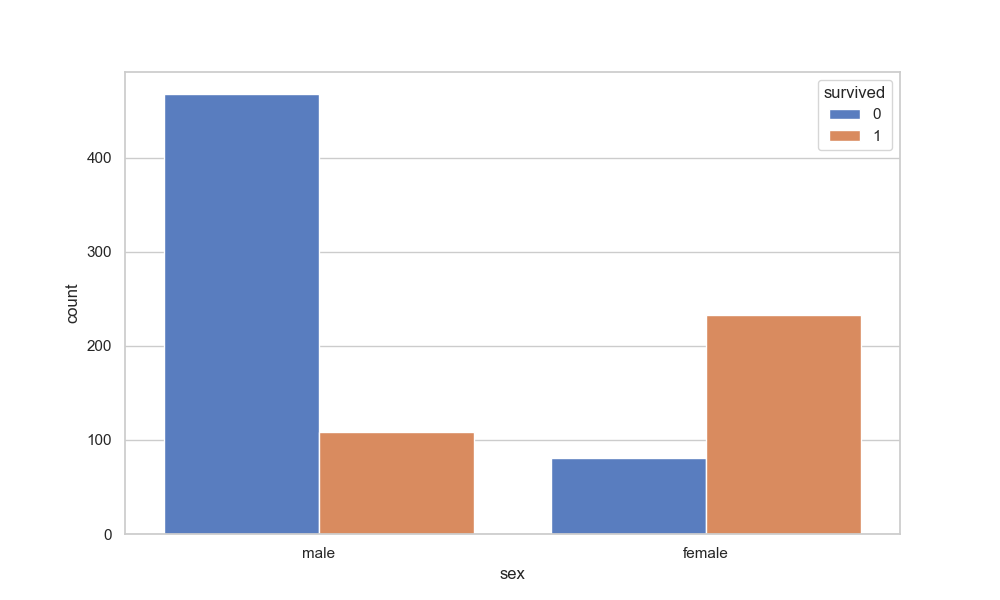
python, seaborn, countplot, x='sex', palette='muted', hue='survived'